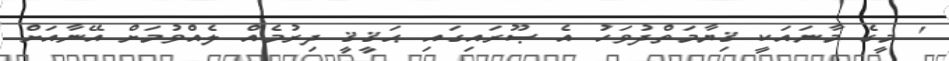
' މީގެ މާނައަކީ ޤިޔާމަތްދުވަހު އެ ޞޫރައިގައި ޙަޤީޤީ ދިރުމެއް ލެއްވުމަށް އޭނާއަށް